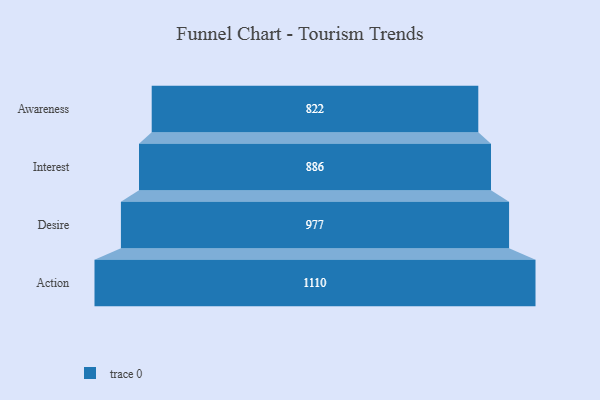
{"axis": {"x": "Stage", "y": "Value"}, "legend": [""], "data": [{"x": "Awareness", "y": 822.0, "type": ""}, {"x": "Interest", "y": 886.0, "type": ""}, {"x": "Desire", "y": 977.0, "type": ""}, {"x": "Action", "y": 1110.0, "type": ""}]}